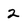
Character: 2